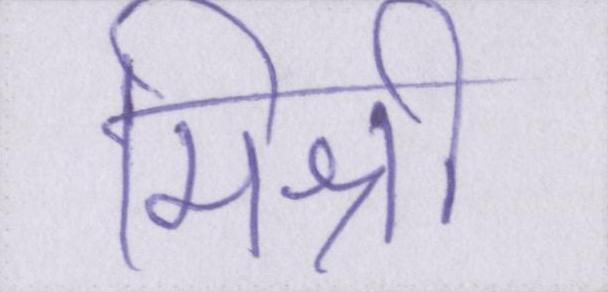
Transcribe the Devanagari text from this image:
मिश्री